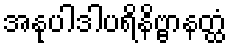
အနုပါဒါပရိနိဗ္ဗာနတ္ထံ